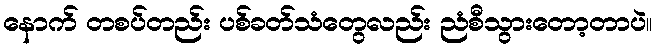
နောက် တစပ်တည်း ပစ်ခတ်သံတွေလည်း ညံစီသွားတော့တာပဲ။